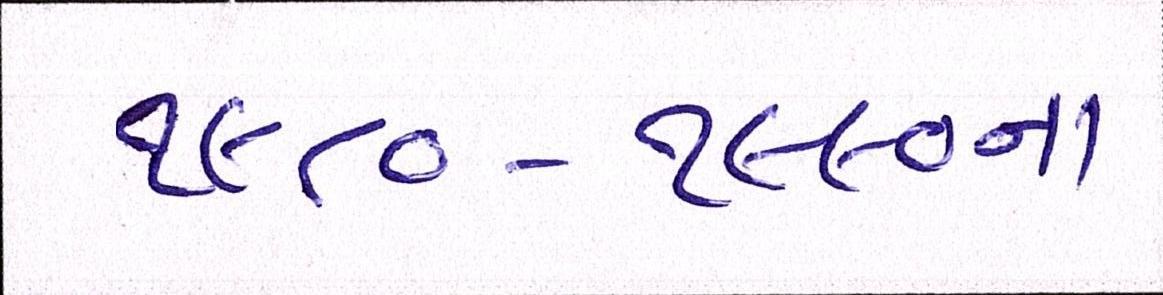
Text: ૧૯૮૦-૧૯૯૦ના